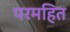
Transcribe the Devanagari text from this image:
परमहित